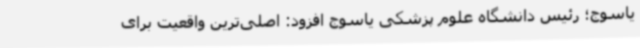
یاسوج؛ رئیس دانشگاه علوم پزشکی یاسوج افزود: اصلی‌ترین واقعیت برای